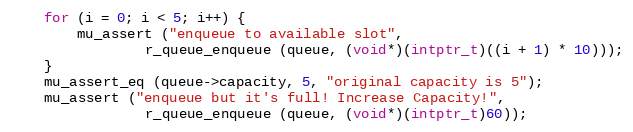
Language: C
	for (i = 0; i < 5; i++) {
		mu_assert ("enqueue to available slot",
				r_queue_enqueue (queue, (void*)(intptr_t)((i + 1) * 10)));
	}
	mu_assert_eq (queue->capacity, 5, "original capacity is 5");
	mu_assert ("enqueue but it's full! Increase Capacity!",
				r_queue_enqueue (queue, (void*)(intptr_t)60));